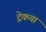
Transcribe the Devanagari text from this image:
ट्रेकया